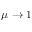
\mu \to 1